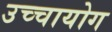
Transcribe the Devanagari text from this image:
उच्‍चायोग